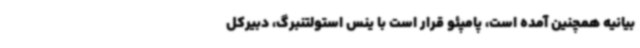
بیانیه همچنین آمده است، پامپئو قرار است با ینس استولتنبرگ، دبیرکل